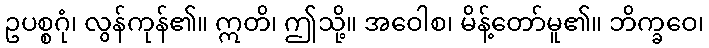
ဥပစ္စဂုံ၊ လွန်ကုန်၏။ ဣတိ၊ ဤသို့။ အဝေါစ၊ မိန့်တော်မူ၏။ ဘိက္ခဝေ၊